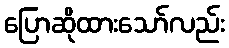
ပြောဆိုထားသော်လည်း